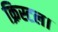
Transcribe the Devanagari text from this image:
क्रिस्टल।